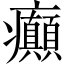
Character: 癲